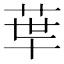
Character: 𦰗